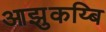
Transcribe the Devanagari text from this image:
आझुकय्बि